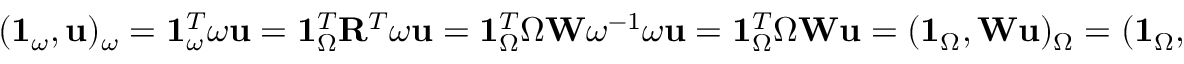
( \mathbf { 1 } _ { \omega } , \mathbf { u } ) _ { \omega } = \mathbf { 1 } _ { \omega } ^ { T } \boldsymbol { \omega } \mathbf { u } = \mathbf { 1 } _ { \Omega } ^ { T } \mathbf { R } ^ { T } \boldsymbol { \omega } \mathbf { u } = \mathbf { 1 } _ { \Omega } ^ { T } \boldsymbol { \Omega } \mathbf { W } \boldsymbol { \omega } ^ { - 1 } \boldsymbol { \omega } \mathbf { u } = \mathbf { 1 } _ { \Omega } ^ { T } \boldsymbol { \Omega } \mathbf { W } \mathbf { u } = ( \mathbf { 1 } _ { \Omega } , \mathbf { W } \mathbf { u } ) _ { \Omega } = ( \mathbf { 1 } _ { \Omega } , \bar { \mathbf { u } } ) _ { \Omega } ,